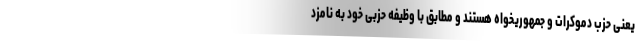
یعنی حزب دموکرات و جمهوریخواه هستند و مطابق با وظیفه حزبی خود به نامزد